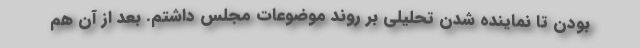
بودن تا نماینده شدن تحلیلی بر روند موضوعات مجلس داشتم. بعد از آن هم